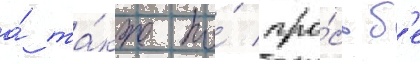
а́ та́кже по́ про́сьб'е